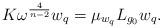
LaTeX: \begin{align*}K\omega ^{\frac{4}{n-2}}w_{q}=\mu_{w_{q}}L_{g_{0}}w_{q}.\end{align*}